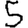
Digit: 5